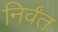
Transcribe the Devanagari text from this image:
निर्वंत